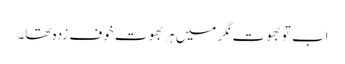
اب تو بھوت نگر میں ہر بھوت خوف زدہ تھا۔